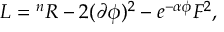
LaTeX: L = { } ^ { n } R - 2 ( \partial \phi ) ^ { 2 } - e ^ { - \alpha \phi } F ^ { 2 } ,